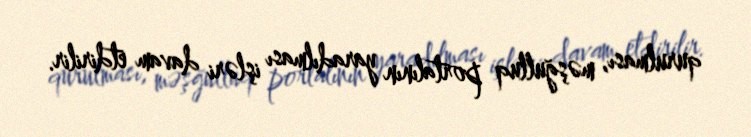
qurulması, məşğulluq portalının yaradılması işləri davam etdirilir.